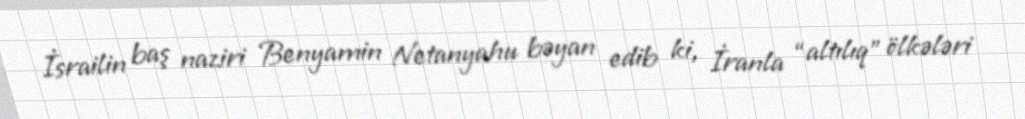
İsrailin baş naziri Benyamin Netanyahu bəyan edib ki, İranla “altılıq” ölkələri